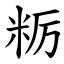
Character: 粝